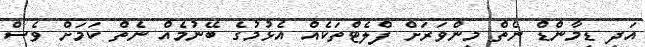
އަދި ޑިމާންޑް ނެތް މިންވަރަށް ފްލެޓްތަކެއް އެޅުމުގެ ބޭނުމެއް ނެތް ކަމަށް ވެސް